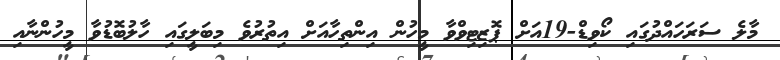
މާލެ ސަރަހައްދުގައި ކޯވިޑް-19އަށް ޕޮޒިޓިވްވާ މީހުން އިންތިހާއަށް އިތުރުވެ މިބަލީގައި ހާލުބޮޑުވާ މީހުންނާއި